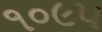
૧૦૯૫